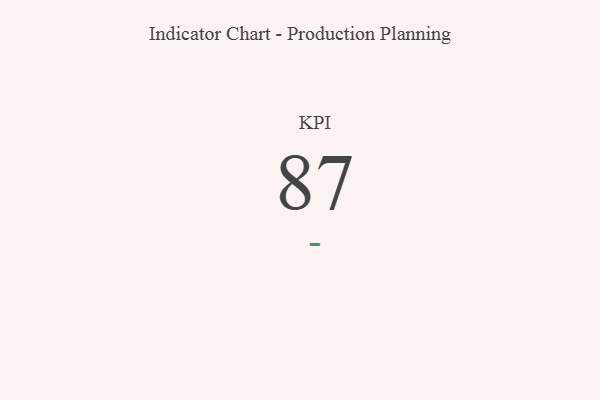
{"axis": {"x": "KPI", "y": "Value"}, "legend": [""], "data": [{"x": "KPI", "y": 87, "type": ""}]}